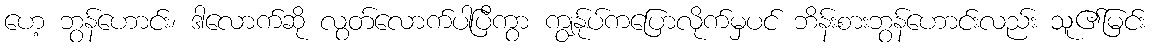
ဟေ့ ဘွန်ဟောင်း၊ ဒါလောက်ဆို လွတ်လောက်ပါပြီကွာ ကျွန်ုပ်ကပြောလိုက်မှပင် ဘိန်းစားဘွန်ဟောင်းလည်း သူ၏မြင်း